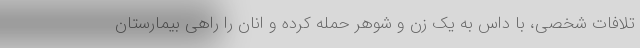
تلافات شخصی، با داس به یک زن و شوهر حمله کرده و انان را راهی بیمارستان